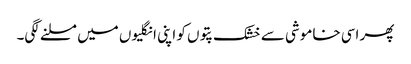
پھر اسی خاموشی سے خشک پتوں کو اپنی انگلیوں میں مسلنے لگی۔